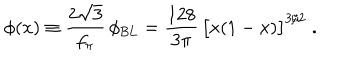
\phi ( x ) \equiv \frac { 2 \sqrt { 3 } } { f _ { \pi } } \, \phi _ { \mathrm { B L } } = \frac { 1 2 8 } { 3 \pi } \, \big [ x ( 1 - x ) \big ] ^ { 3 / 2 } \; .